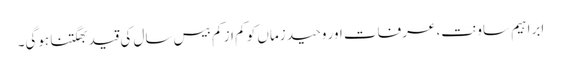
ابراہیم ساونت، عرفات اور وحید زماں کو کم از کم بیس سال کی قید بھگتنا ہوگی۔